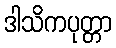
ဒါသိကပုတ္တာ